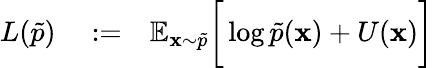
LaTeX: \begin{array}{rlr}{L(\tilde{p})}&{{}:=}&{\mathbb{E}_{\mathbf{x}\sim\tilde{p}}\bigg[\log\tilde{p}(\mathbf{x})+U(\mathbf{x})\bigg]}\end{array}